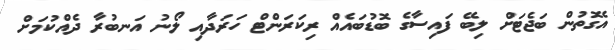
އެގޮތުން ބަޖެޓަށް ލިބޭ ފައިސާގެ ބޮޑުބައެއް ރިކަރަންޓް ހަރަދާއި ލޯނު އަނބުރާ ދެއްކުމަށް